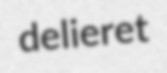
delieret